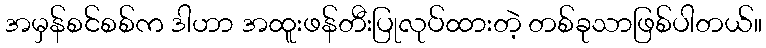
အမှန်စင်စစ်က ဒါဟာ အထူးဖန်တီးပြုလုပ်ထားတဲ့ တစ်ခုသာဖြစ်ပါတယ်။